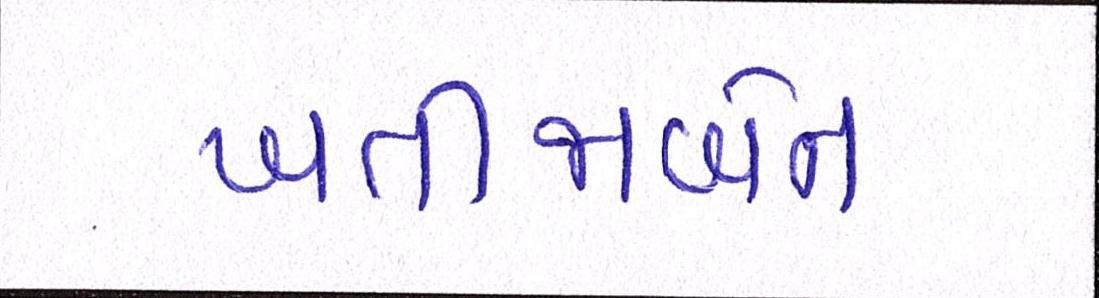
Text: ખતીજાબેન